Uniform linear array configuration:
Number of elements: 16
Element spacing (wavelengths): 1
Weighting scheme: hann
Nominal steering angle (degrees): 60
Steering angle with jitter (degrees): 61.414
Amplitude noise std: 0.05
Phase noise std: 0.05

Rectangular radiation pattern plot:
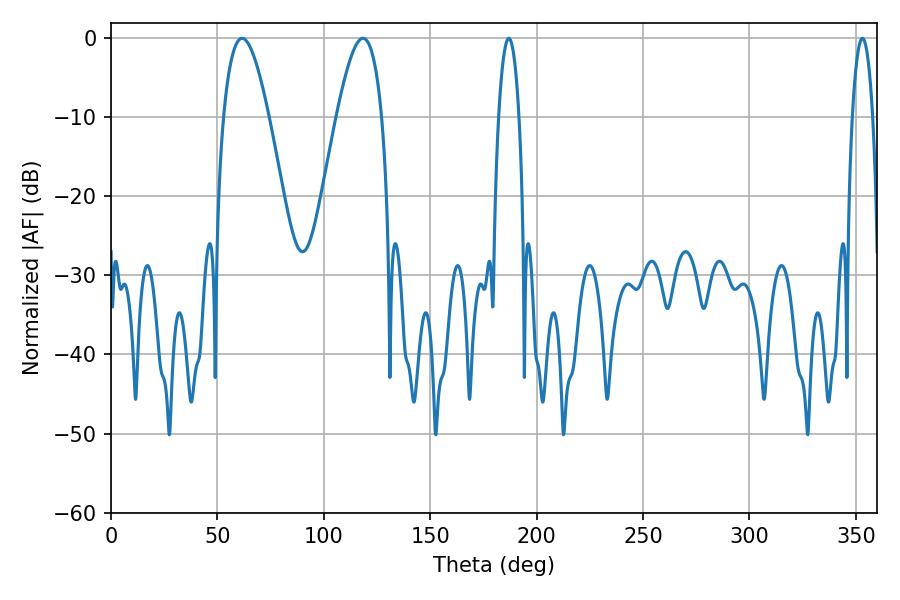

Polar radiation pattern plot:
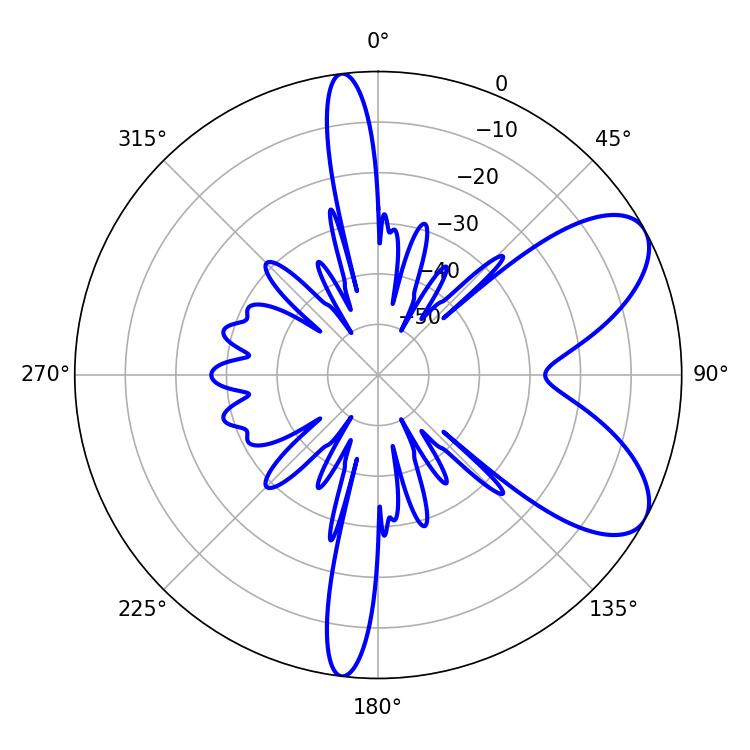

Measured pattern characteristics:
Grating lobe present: TRUE
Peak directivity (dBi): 7.412
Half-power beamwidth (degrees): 11.52
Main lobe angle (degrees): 61.56